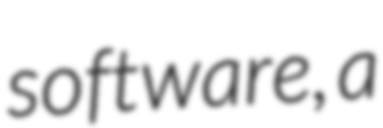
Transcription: software, a